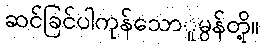
ဆင်ခြင်ပါကုန်သောူမွန်တို့။